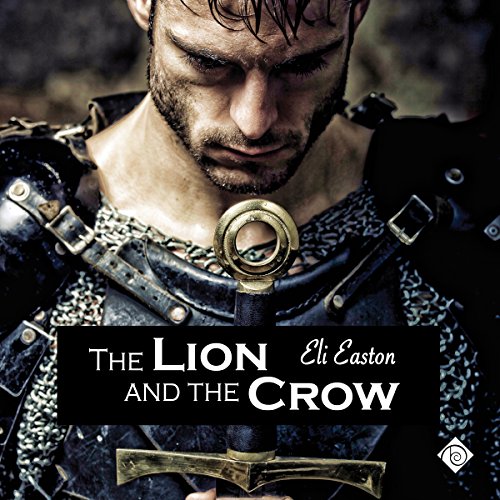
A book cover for The Lion and the Crow; Eli Easton; Romance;